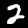
Digit: 2